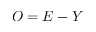
O = E - Y